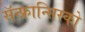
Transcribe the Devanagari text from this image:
सॅन्‍फ्रान्सिस्को